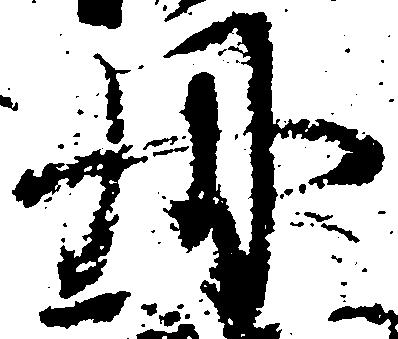
丹